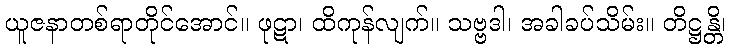
ယူဇနာတစ်ရာတိုင်အောင်။ ဖုဋာ၊ ထိကုန်လျက်။ သဗ္ဗဒါ၊ အခါခပ်သိမ်း။ တိဋ္ဌန္တိ၊